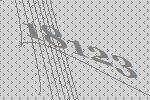
18123